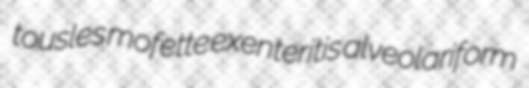
tousles mofette exenteritis alveolariform